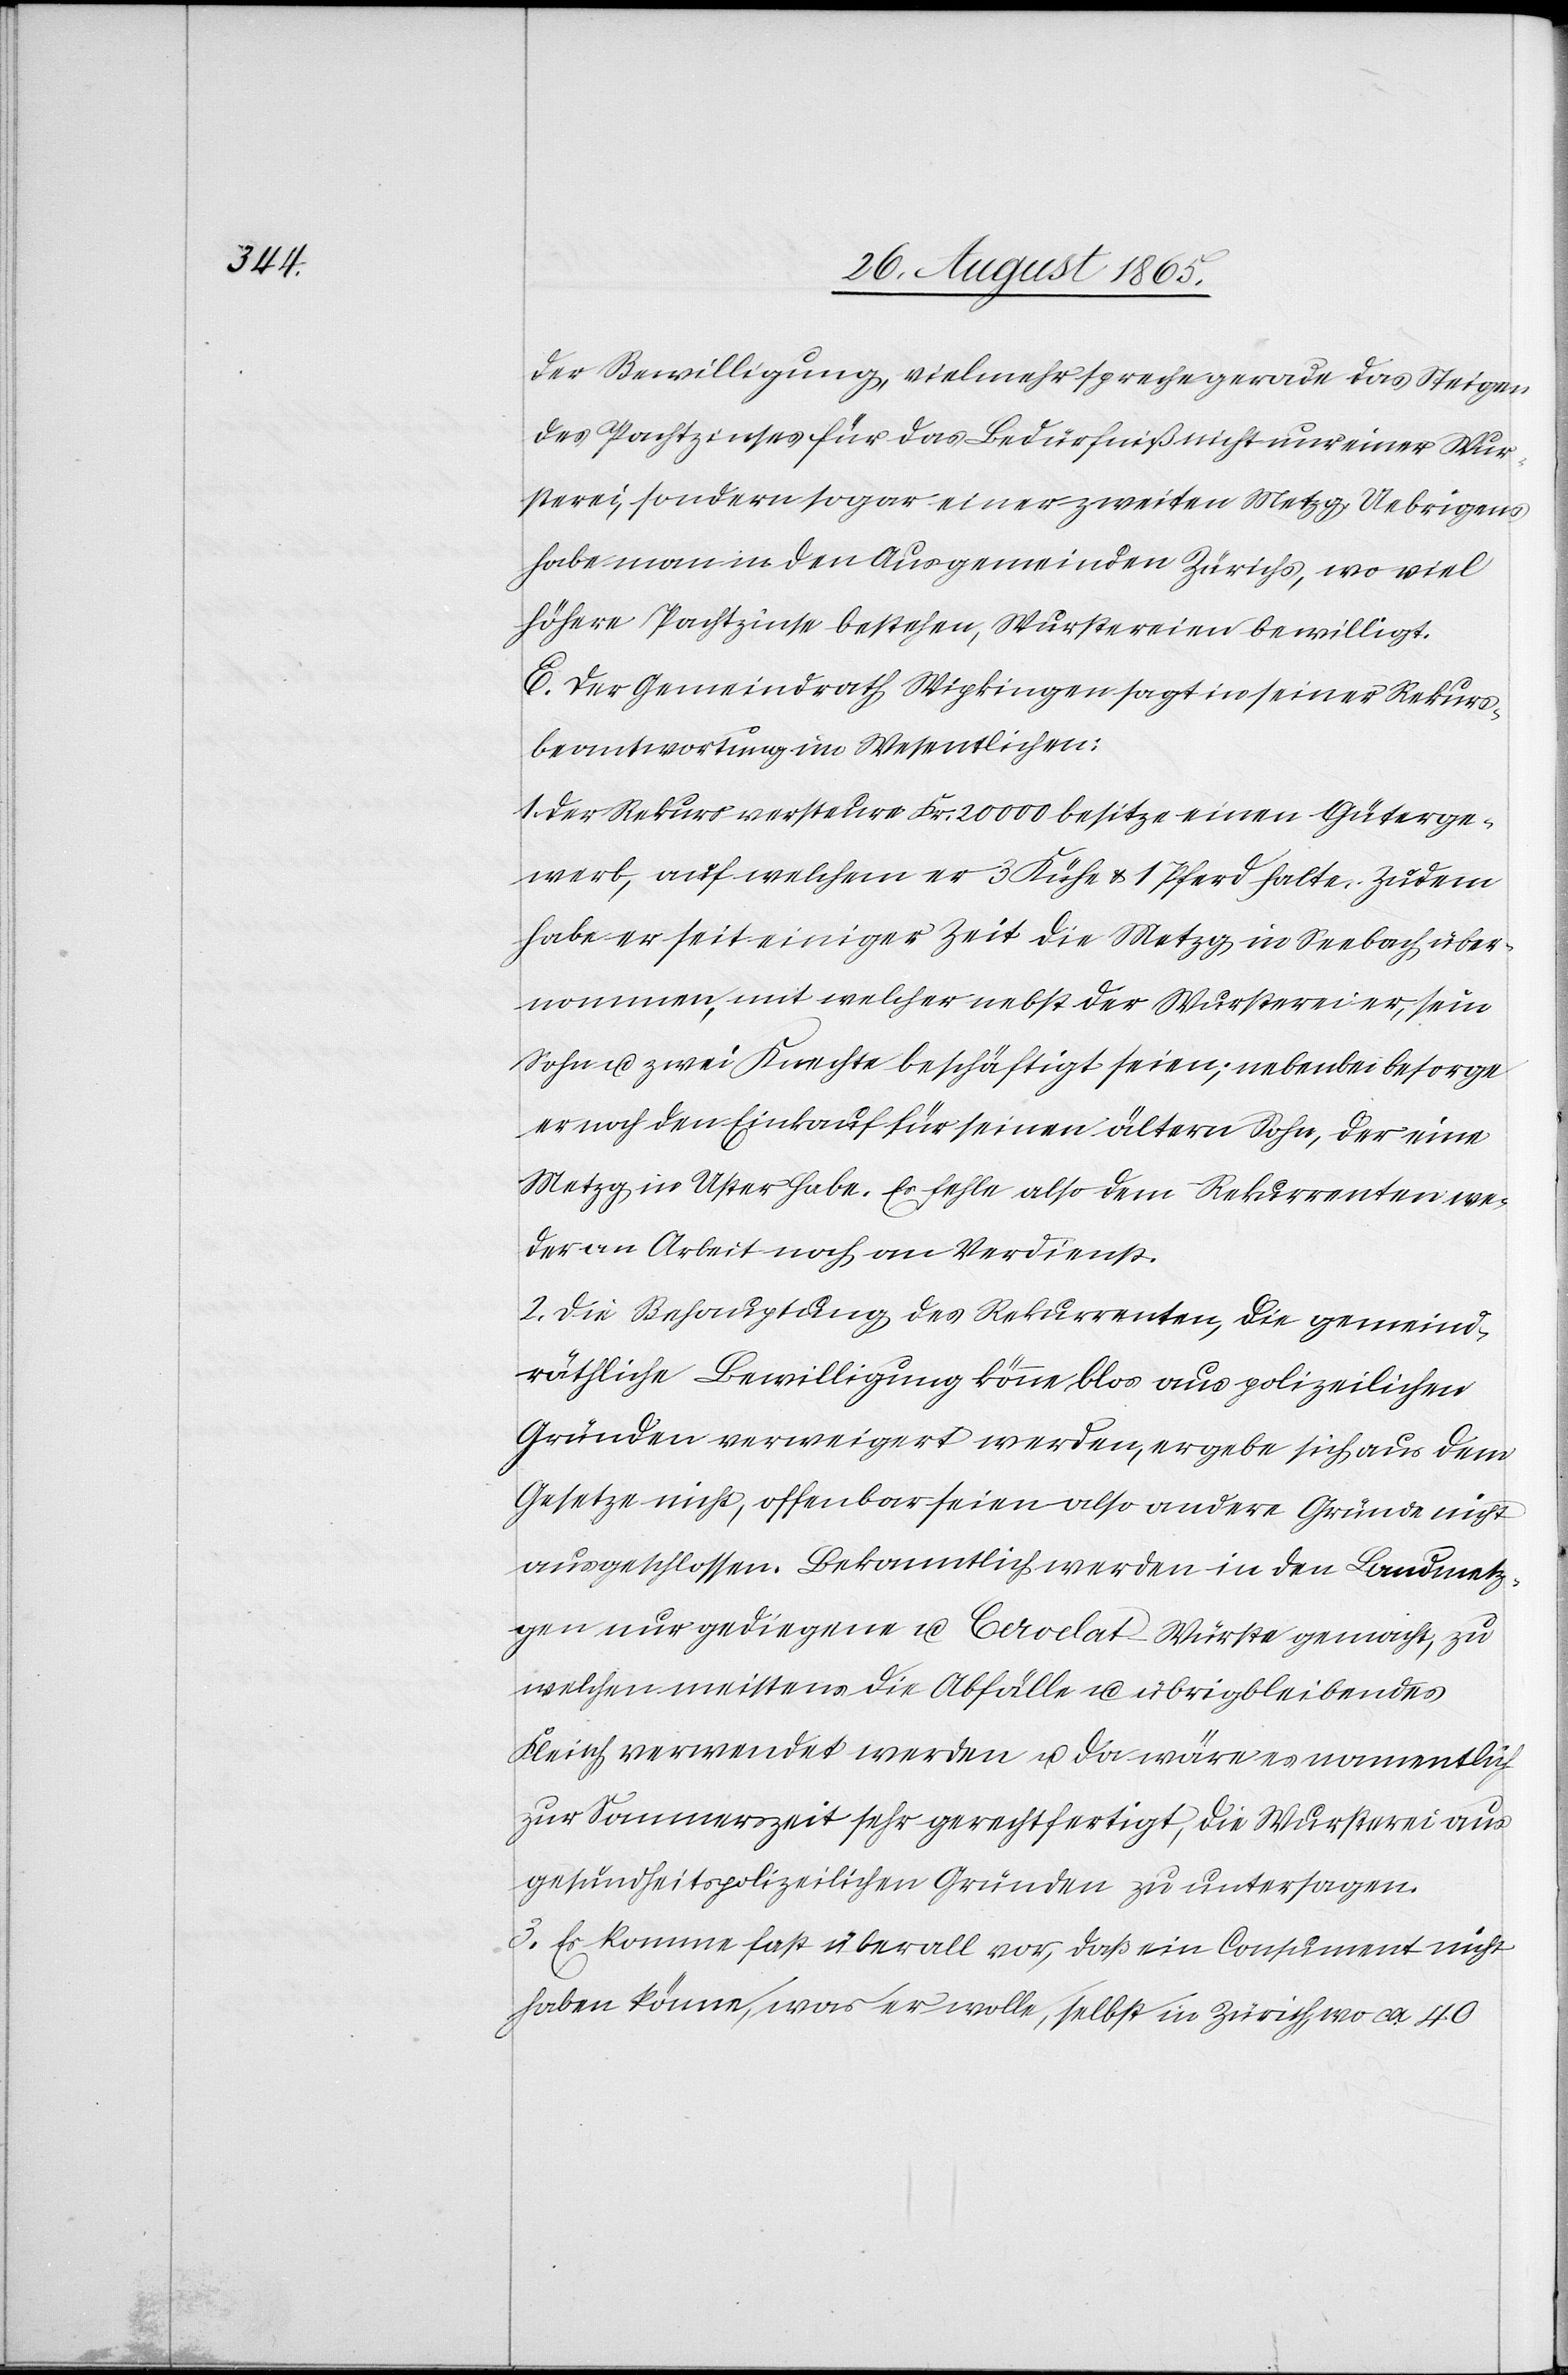
der Bewilligung, vielmehr spreche gerade das Steigen
des Pachtzinses für das Bedürfniß nicht nur einer Wur¬
sterei, sondern sogar einer zweiten Metzg. Uebrigens
habe man in den Ausgemeinden Zürichs, wo viel
höhere Pachtzinse bestehen, Wurstereien bewilligt.
E. Der Gemeindrath Wipkingen sagt in seiner Rekurs¬
beantwortung im Wesentlichen:
1. Der Rekurs versteure Fr. 20 000 besitze einen Güterge¬
werb, auf welchem er 3 Kühe u. 1 Pferd halte. Zudem
habe er seit einiger Zeit die Metzg in Seebach über¬
nommen, mit welcher nebst der Wursterei er, sein
Sohn u. zwei Knechte beschäftigt seien; nebenbei besorge
er noch den Einkauf für seinen ältern Sohn, der eine
Metzg in Uster habe. Es fehle also dem Rekurrenten we¬
der an Arbeit noch an Verdienst.
2. Die Behauptung des Rekurrenten, die gemeind¬
räthliche Bewilligung könne blos aus polizeilichen
Gründen verweigert werden, ergebe sich aus dem
Gesetze nicht, offenbar seien also andere Gründe nicht
ausgeschlossen. Bekanntlich werden in den Landmetz¬
gen nur gediegene u. Cervelat Würste gemacht, zu
welchen meistens die Abfälle u. übrigbleibendes
Fleisch verwendet werden u. da wäre es namentlich
zur Sommerszeit sehr gerechtfertigt, die Wursterei aus
gesundheitspolizeilichen Gründen zu untersagen.
3. Es komme fast überall vor, daß ein Consument nicht
haben könne, was er wolle, selbst in Zürich wo ca 40